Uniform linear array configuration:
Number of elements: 32
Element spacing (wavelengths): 0.75
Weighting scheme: cosine
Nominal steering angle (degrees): -60
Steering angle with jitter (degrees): -58.366
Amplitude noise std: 0.05
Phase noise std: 0.05

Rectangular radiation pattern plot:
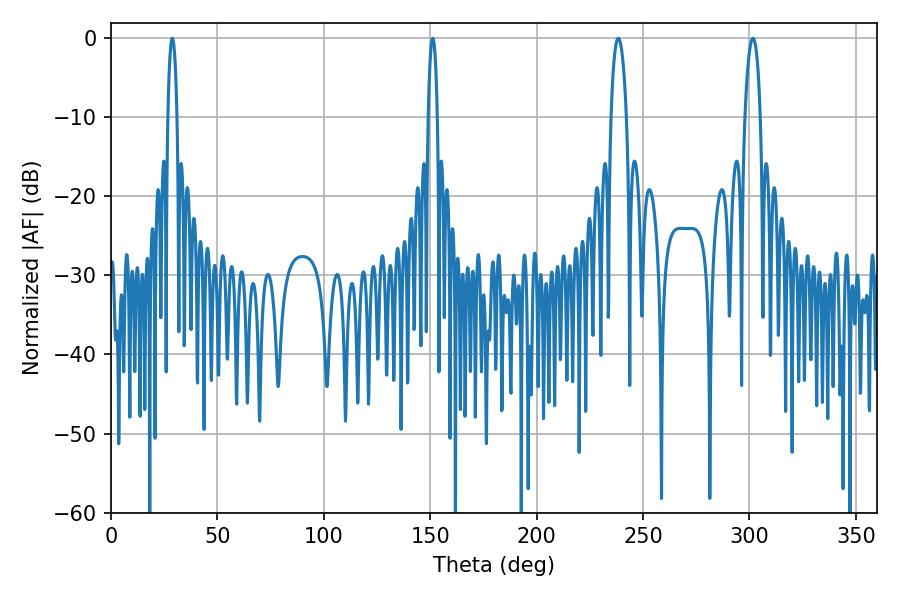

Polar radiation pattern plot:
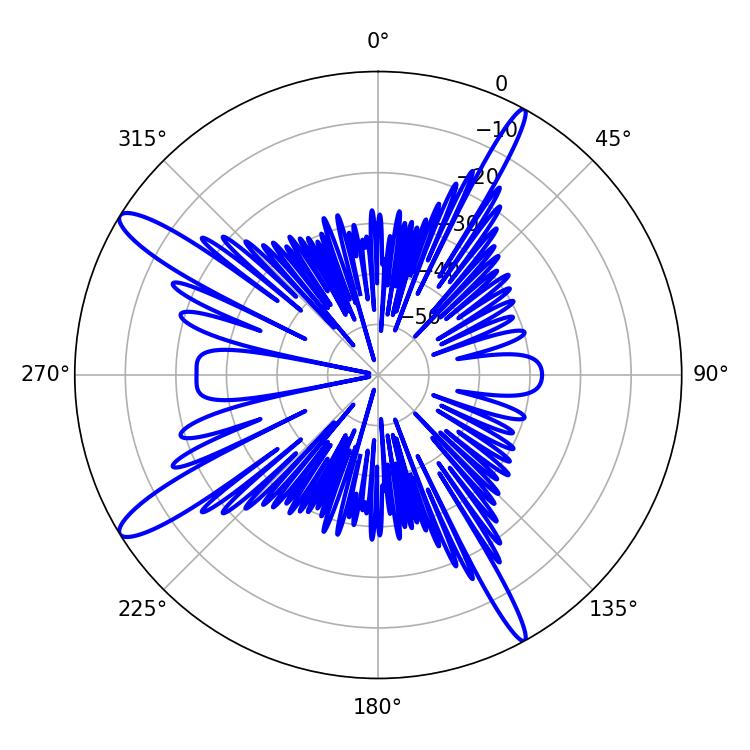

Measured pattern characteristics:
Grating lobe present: TRUE
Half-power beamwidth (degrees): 2.34
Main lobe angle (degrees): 28.8